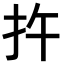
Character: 𪭟